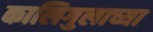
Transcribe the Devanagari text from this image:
कालिगुलाच्या